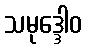
သမုဒ္ဒေါဝ